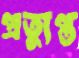
প্রত্যুপ্ত